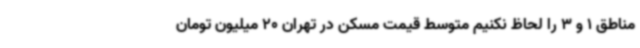
مناطق 1 و 3 را لحاظ نکنیم متوسط قیمت مسکن در تهران 20 میلیون تومان